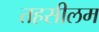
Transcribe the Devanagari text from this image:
तहसीलम